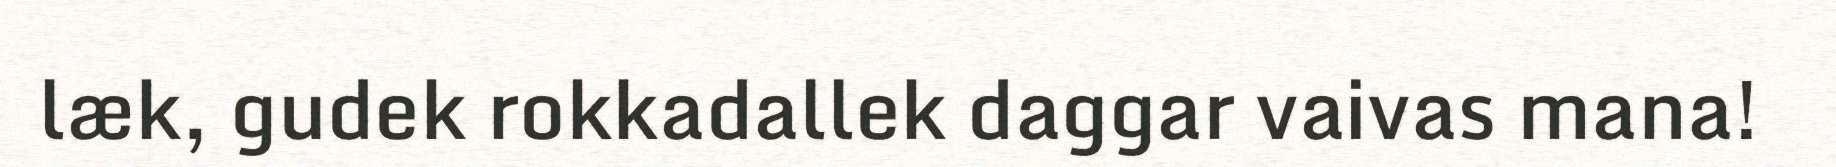
læk, gudek rokkadallek daggar vaivas mana!